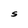
Character: S